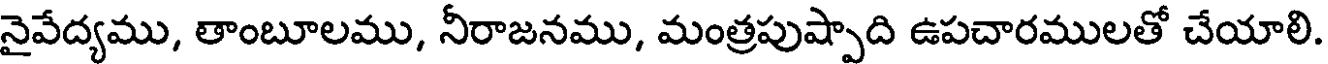
నైవేద్యము, తాంబూలము, నీరాజనము, మంత్రపుష్పాది ఉపచారములతో చేయాలి.